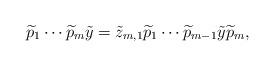
LaTeX: \begin{align*} \widetilde{p}_1\cdots \widetilde{p}_m\tilde{y}=\tilde{z}_{m,1}\widetilde{p}_1\cdots \widetilde{p}_{m-1}\tilde{y}\widetilde{p}_m,\end{align*}